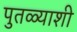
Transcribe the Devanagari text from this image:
पुतळ्याशी